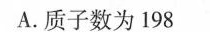
A.质子数为198